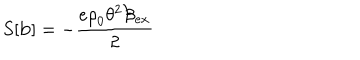
LaTeX: S [ \mathbf { b } ] = - \frac { e { \mathrm { \ r h o } } _ { 0 } \theta ^ { 2 } \mathcal { B } _ { e x } } { 2 }